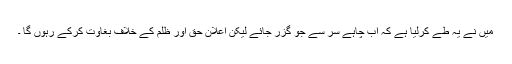
میں نے یہ طے کرلیا ہے کہ اب چاہے سر سے جو گزر جائے لیکن اعلان حق اور ظلم کے خلاف بغاوت کرکے رہوں گا ۔